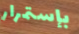
بإستمرار